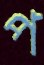
প